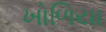
ખોળિયા